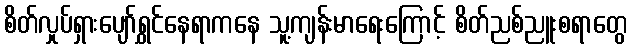
စိတ်လှုပ်ရှားပျော်ရွှင်နေရာကနေ သူ့ကျန်းမာရေးကြောင့် စိတ်ညစ်ညူးစရာတွေ